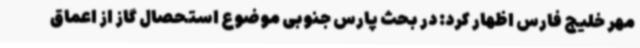
مهر خلیج فارس اظهار کرد: در بحث پارس جنوبی موضوع استحصال گاز از اعماق